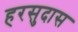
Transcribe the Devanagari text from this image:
हरसुदास